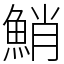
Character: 鮹